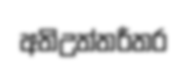
අතිඋත්තරීතර